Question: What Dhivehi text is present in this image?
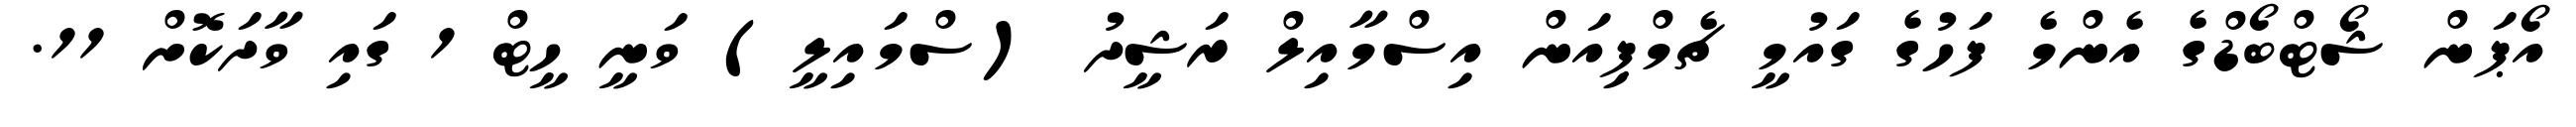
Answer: އޯޕަން ޝޯޓްބޯޑްގެ އެންމެ ފަހުގެ ގައުމީ ޗެމްޕިއަން އިސްމާއިލް ރަޝީދު (ސްމައިލީ) ވަނީ ހީޓް 1 ގައި ވާދަކޮށް 11.